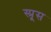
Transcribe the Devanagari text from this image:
स्‍प्रूस